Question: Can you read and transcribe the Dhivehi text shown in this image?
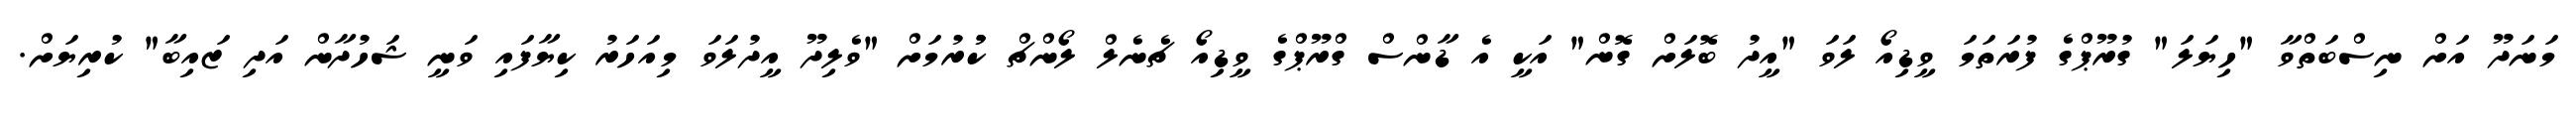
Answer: މަނަދޫ އަށް ނިސްބަތްވާ "ހިޔަލަ" ގުރޫޕްގެ ފުރަތަމަ ވީޑިއޯ ލަވަ "އީދު ބޮލަށް ގޮން" އަކީ އެ ޑާންސް ގްރޫޕްގެ ވީޑިއޯ ޗެނެލް ލޯންޗް ކުުރުމަށް "ވެލިދޫ އީދުލަވަ މިއަހަރު ކިޔާފައި ވަނީ ޝަހުދާން އަދި ޒައިބާ" ކުރިޔަށް.